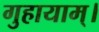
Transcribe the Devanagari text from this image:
गुहायाम्।